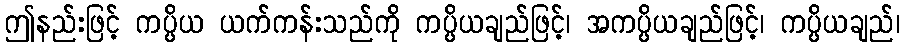
ဤနည်းဖြင့် ကပ္ပိယ ယက်ကန်းသည်ကို ကပ္ပိယချည်ဖြင့်၊ အကပ္ပိယချည်ဖြင့်၊ ကပ္ပိယချည်၊